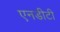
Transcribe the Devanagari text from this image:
एनडीटी